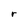
Character: r